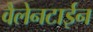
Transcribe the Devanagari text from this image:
वैलेनटाईन